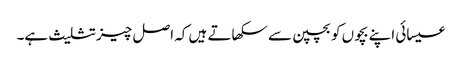
عیسائی اپنے بچوں کو بچپن سے سکھاتے ہیں کہ اصل چیز تثلیث ہے۔